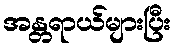
အန္တရာယ်များပြီး